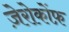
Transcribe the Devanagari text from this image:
ज़ेरोकोंफ़